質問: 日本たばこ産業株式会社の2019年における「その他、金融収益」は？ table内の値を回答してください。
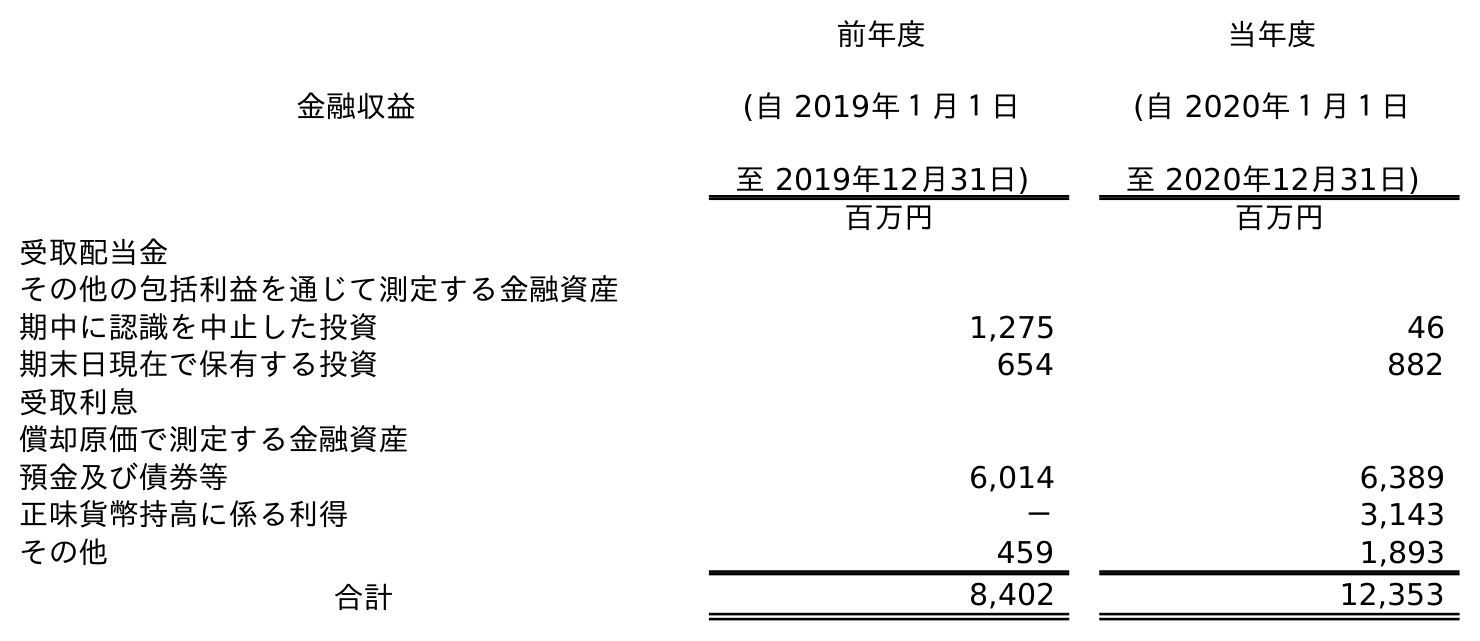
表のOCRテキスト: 金融収益 前年度 (自 2019年１月１日 至 2019年12月31日) 当年度 (自 2020年１月１日 至 2020年12月31日) 百万円 百万円 受取配当金 その他の包括利益を通じて測定する金融資産 期中に認識を中止した投資 1,275 46 期末日現在で保有する投資 654 882 受取利息 償却原価で測定する金融資産 預金及び債券等 6,014 6,389 正味貨幣持高に係る利得 － 3,143 その他 459 1,893 合計 8,402 12,353
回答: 459